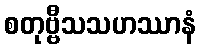
စတုဗ္ဗီသသဟဿာနံ